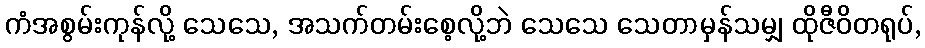
ကံအစွမ်းကုန်လို့ သေသေ, အသက်တမ်းစေ့လို့ဘဲ သေသေ သေတာမှန်သမျှ ထိုဇီဝိတရုပ်,